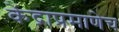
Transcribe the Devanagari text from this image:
केंद्राप्रमाणेच